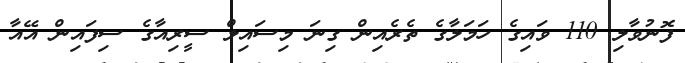
ފޮނުވާލި 110 ވައިގެ ހަމަލާގެ ތެރެއިން ގިނަ މިސައިލް ސީރިއާގެ ސިފައިން އޭއާ